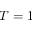
T = 1